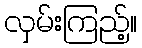
လှမ်းကြည့်။